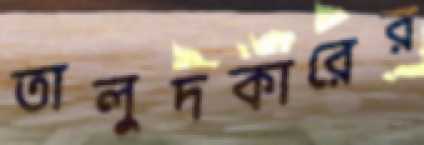
তালুদকারের